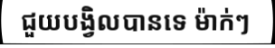
ជួយបង្វិលបានទេ ម៉ាក់ៗ